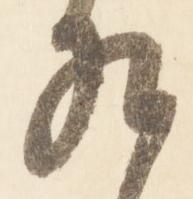
九